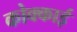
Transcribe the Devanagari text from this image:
कोक्काई